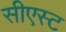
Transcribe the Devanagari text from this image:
सीएस्ट